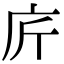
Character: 庍